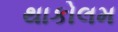
થાકોલમ